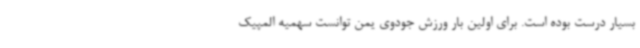
بسیار درست بوده است. برای اولین بار ورزش جودوی یمن توانست سهمیه المپیک